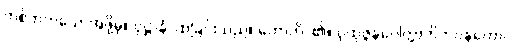
တစ်ဘက်သောအဖို့မှ။ ဝုဋ္ဌာနံ၊ ထခြင်းသည်။ ဟောတိ၊ ၏။ ပုထုဇ္ဇနဂေါတ္တာဘိဘဝနတော၊